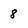
Character: 8